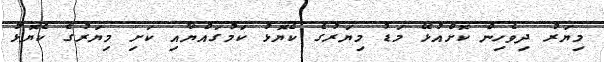
މިޔަރު ދިވެހިން ކޮށްއުޅޭ މަޑު މިޔަރުގެ ކެޔޮޅު ކަމުގައްޔާއި ކަށި މިޔަރުގެ ކެޔޮޅު